Kaarli_hariduselts_Sade, lk 5
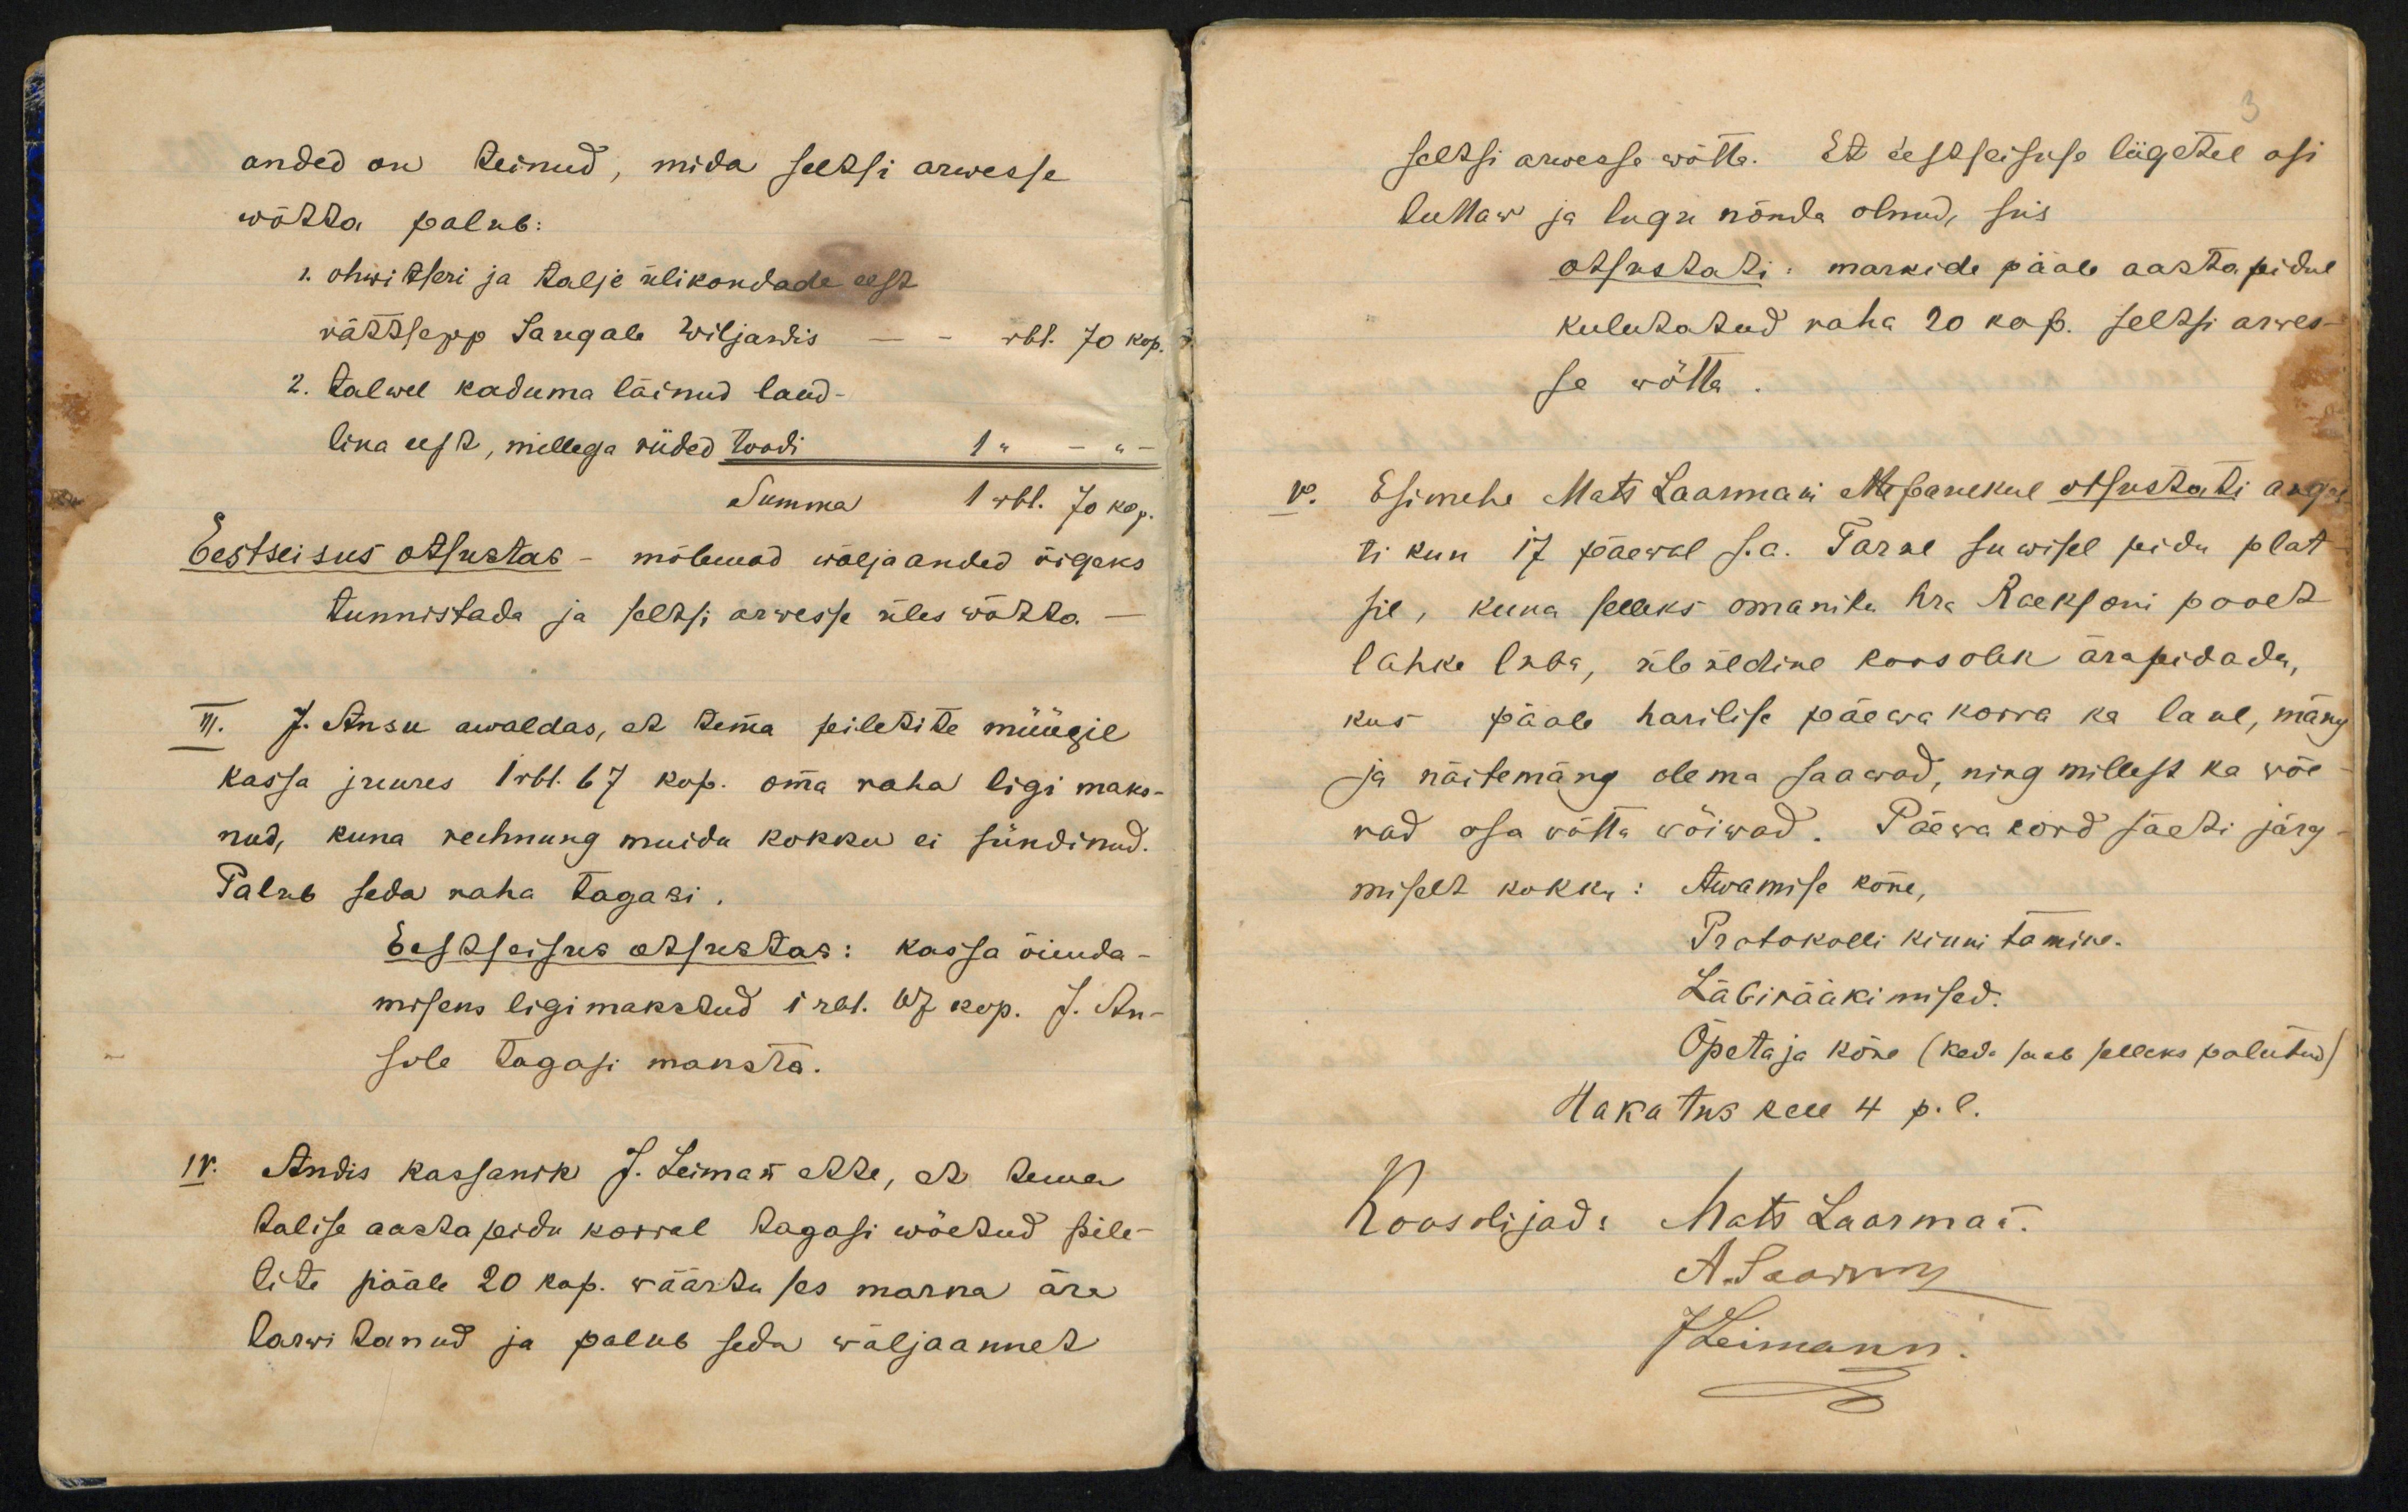
anded on teinud, mida seessi arwessewõtta palub:". ohwi tleri ja Kalja ülikondade segavättsepp Saugab Wiljawis -2. talwel kaduma läinud laud-lina eesR, mellega riided toodiTumma1 rbl. J0 kop.Eestseisus otsustas - mõlmad wäljaanded õigekstunnistada ja sells; arwesse üles wõhtaI. J. Ansu awaldas, et tema seiletite müügilkassa juures 1r61.67 kop. oma raha ligi maks-nud, kuna reehnung muida kokku ei sündinud.Palub seda raha tagasi.Eestseisus ohfestas: kassa õnuda-miseks ligimaksdud iral. 67 kop. J. An-sole tagasi maksta.Andis kassanik J. Leiman Rre, R tematalise aastaseidu korral tagasi wõedud pile-lite pääle 20 kop. väärtu ses marna äralarwitanud ja palub seda waljaannek

Seltsi arwesse wõtb. Et sestseisuse liigetel opiluhaw ja lugu nõnda olnud, siisotsrstati: markide pääb aastapidulkulutatud raha 20 kop. seltsi arres-se võttav. Esimehe Mats Laannani Moparekul otsustati aageti kun 17 paeval J.a. Täarne suwisel pidu platsie, kuna selleks omanite hr. Raeksoni pooltlähke laba, üb ildine koosohk ärapidada,kus pääb harilise päewakorra ka laul, mangja näitemäng olema saawad, ning millest ka võirad osa võtta võiwad. Päevalörd säeti järgmiselt kokki: Awamise kõne,Protokolli kinni ta mine.Läbirääkimised.Õpetaja kõre (ked. saab selleks palutud)Hakatus keel 4 p.l.